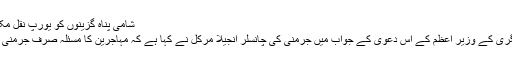
شامی پناہ گزینوں کو یورپ نقل مکانی میں مشکلات
دوسری جانب ہنگری کے وزیر اعظم کے اس دعویٰ کے جواب میں جرمنی کی چانسلر انجیلا مرکل نے کہا ہے کہ مہاجرین کا مسئلہ صرف جرمنی کامسئلہ نہیں ہے۔